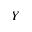
Y